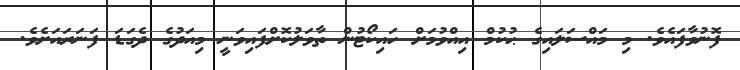
ފޮނުވާފައެވެ. މި މައްސަލައިގެ ޙުކުމް އިއްވުމަށް ހައިކޯޓުން ތާވަލުކޮށްފައިވަނީ މިއަދުގެ ދެގަޑަ ފަނަރައަށެވެ.